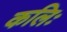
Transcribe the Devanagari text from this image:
कलिः